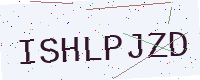
Text: ISHLPJZD